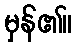
မှန်၏။